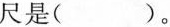
尺是( )。